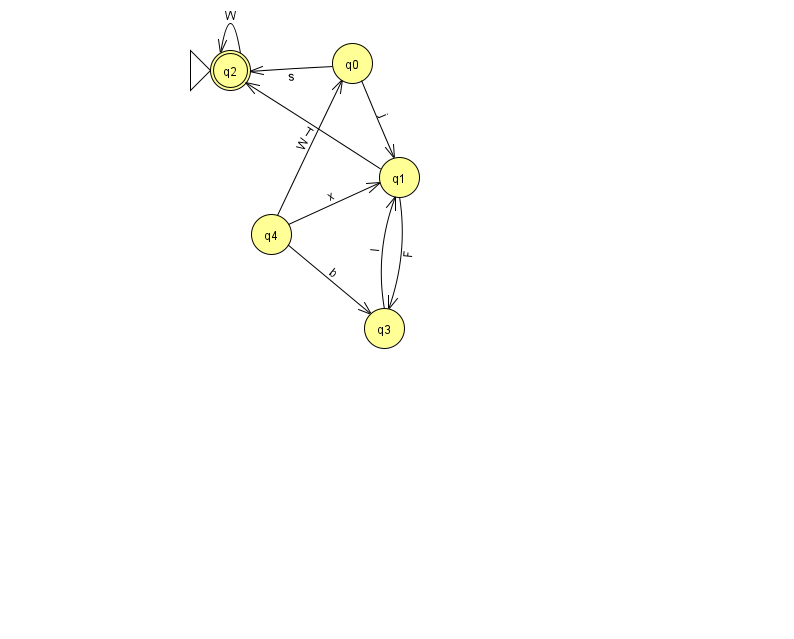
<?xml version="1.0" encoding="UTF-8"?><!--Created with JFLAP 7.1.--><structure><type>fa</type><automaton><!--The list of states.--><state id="0" name="q0"><x>352.0</x><y>50.0</y></state><state id="1" name="q1"><x>399.0</x><y>164.0</y></state><state id="2" name="q2"><x>230.0</x><y>57.0</y><initial/><final/></state><state id="3" name="q3"><x>384.0</x><y>315.0</y></state><state id="4" name="q4"><x>271.0</x><y>221.0</y></state><!--The list of transitions.--><transition><from>0</from><to>2</to><read>s</read></transition><transition><from>1</from><to>3</to><read>F</read></transition><transition><from>1</from><to>2</to><read>T</read></transition><transition><from>4</from><to>3</to><read>b</read></transition><transition><from>2</from><to>2</to><read>W</read></transition><transition><from>4</from><to>0</to><read>W</read></transition><transition><from>0</from><to>1</to><read>j</read></transition><transition><from>4</from><to>1</to><read>x</read></transition><transition><from>3</from><to>1</to><read>I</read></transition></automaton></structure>